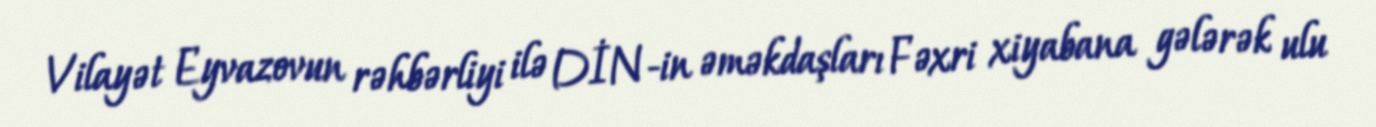
Vilayət Eyvazovun rəhbərliyi ilə DİN-in əməkdaşları Fəxri xiyabana gələrək ulu